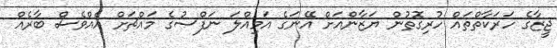
ޖީޒާގެ ހަރަކާތްތައް ހުރިގޮތުން ޔަޒާންއަށް އޭނަގެ އަމިއްލަ ނަފްސުގެ މައްޗަށް އެއްވެސް ބާރެއް